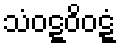
သံဝဋ္ဋဝိဝဋ္ဋံ